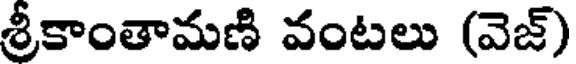
శ్రీకాంతామణి వంటలు (వెజ్)